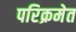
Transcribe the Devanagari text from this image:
परिक्रमेत